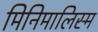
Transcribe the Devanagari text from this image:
मिनिमालिस्म